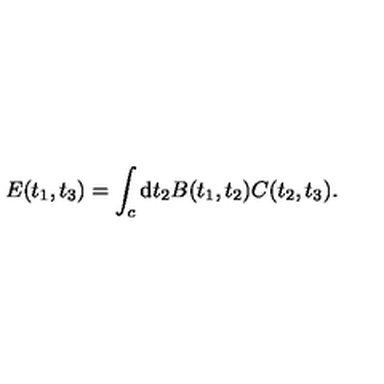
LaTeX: E ( t _ { 1 } , t _ { 3 } ) = \int _ { c } \mathrm { d } t _ { 2 } B ( t _ { 1 } , t _ { 2 } ) C ( t _ { 2 } , t _ { 3 } ) .